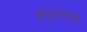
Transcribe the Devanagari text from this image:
बाटुमच्या